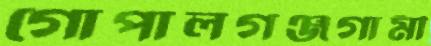
গোপালগঞ্জগামী